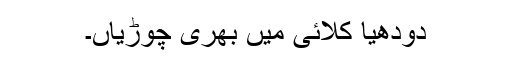
دودھیا کلائی میں بھری چوڑیاں۔